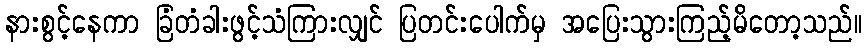
နားစွင့်နေကာ ခြံတံခါးဖွင့်သံကြားလျှင် ပြတင်းပေါက်မှ အပြေးသွားကြည့်မိတော့သည်။